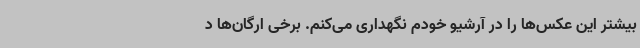
بیشتر این عکس‌ها را در آرشیو خودم نگهداری می‌کنم. برخی ارگان‌ها د